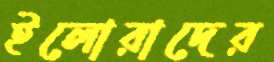
ইলোরাদের